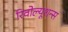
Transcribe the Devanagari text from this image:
रिवोल्यूशन्स